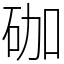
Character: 𥑆